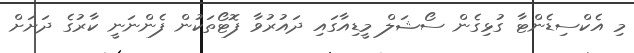
މި އެކްސިޑެންޓާ ގުޅިގެން ސޯޝަލް މީޑިއާގައި ދައުރުވާ ފޮޓޯތަކުން ފެންނަނީ ކާރުގެ ދަށަށް